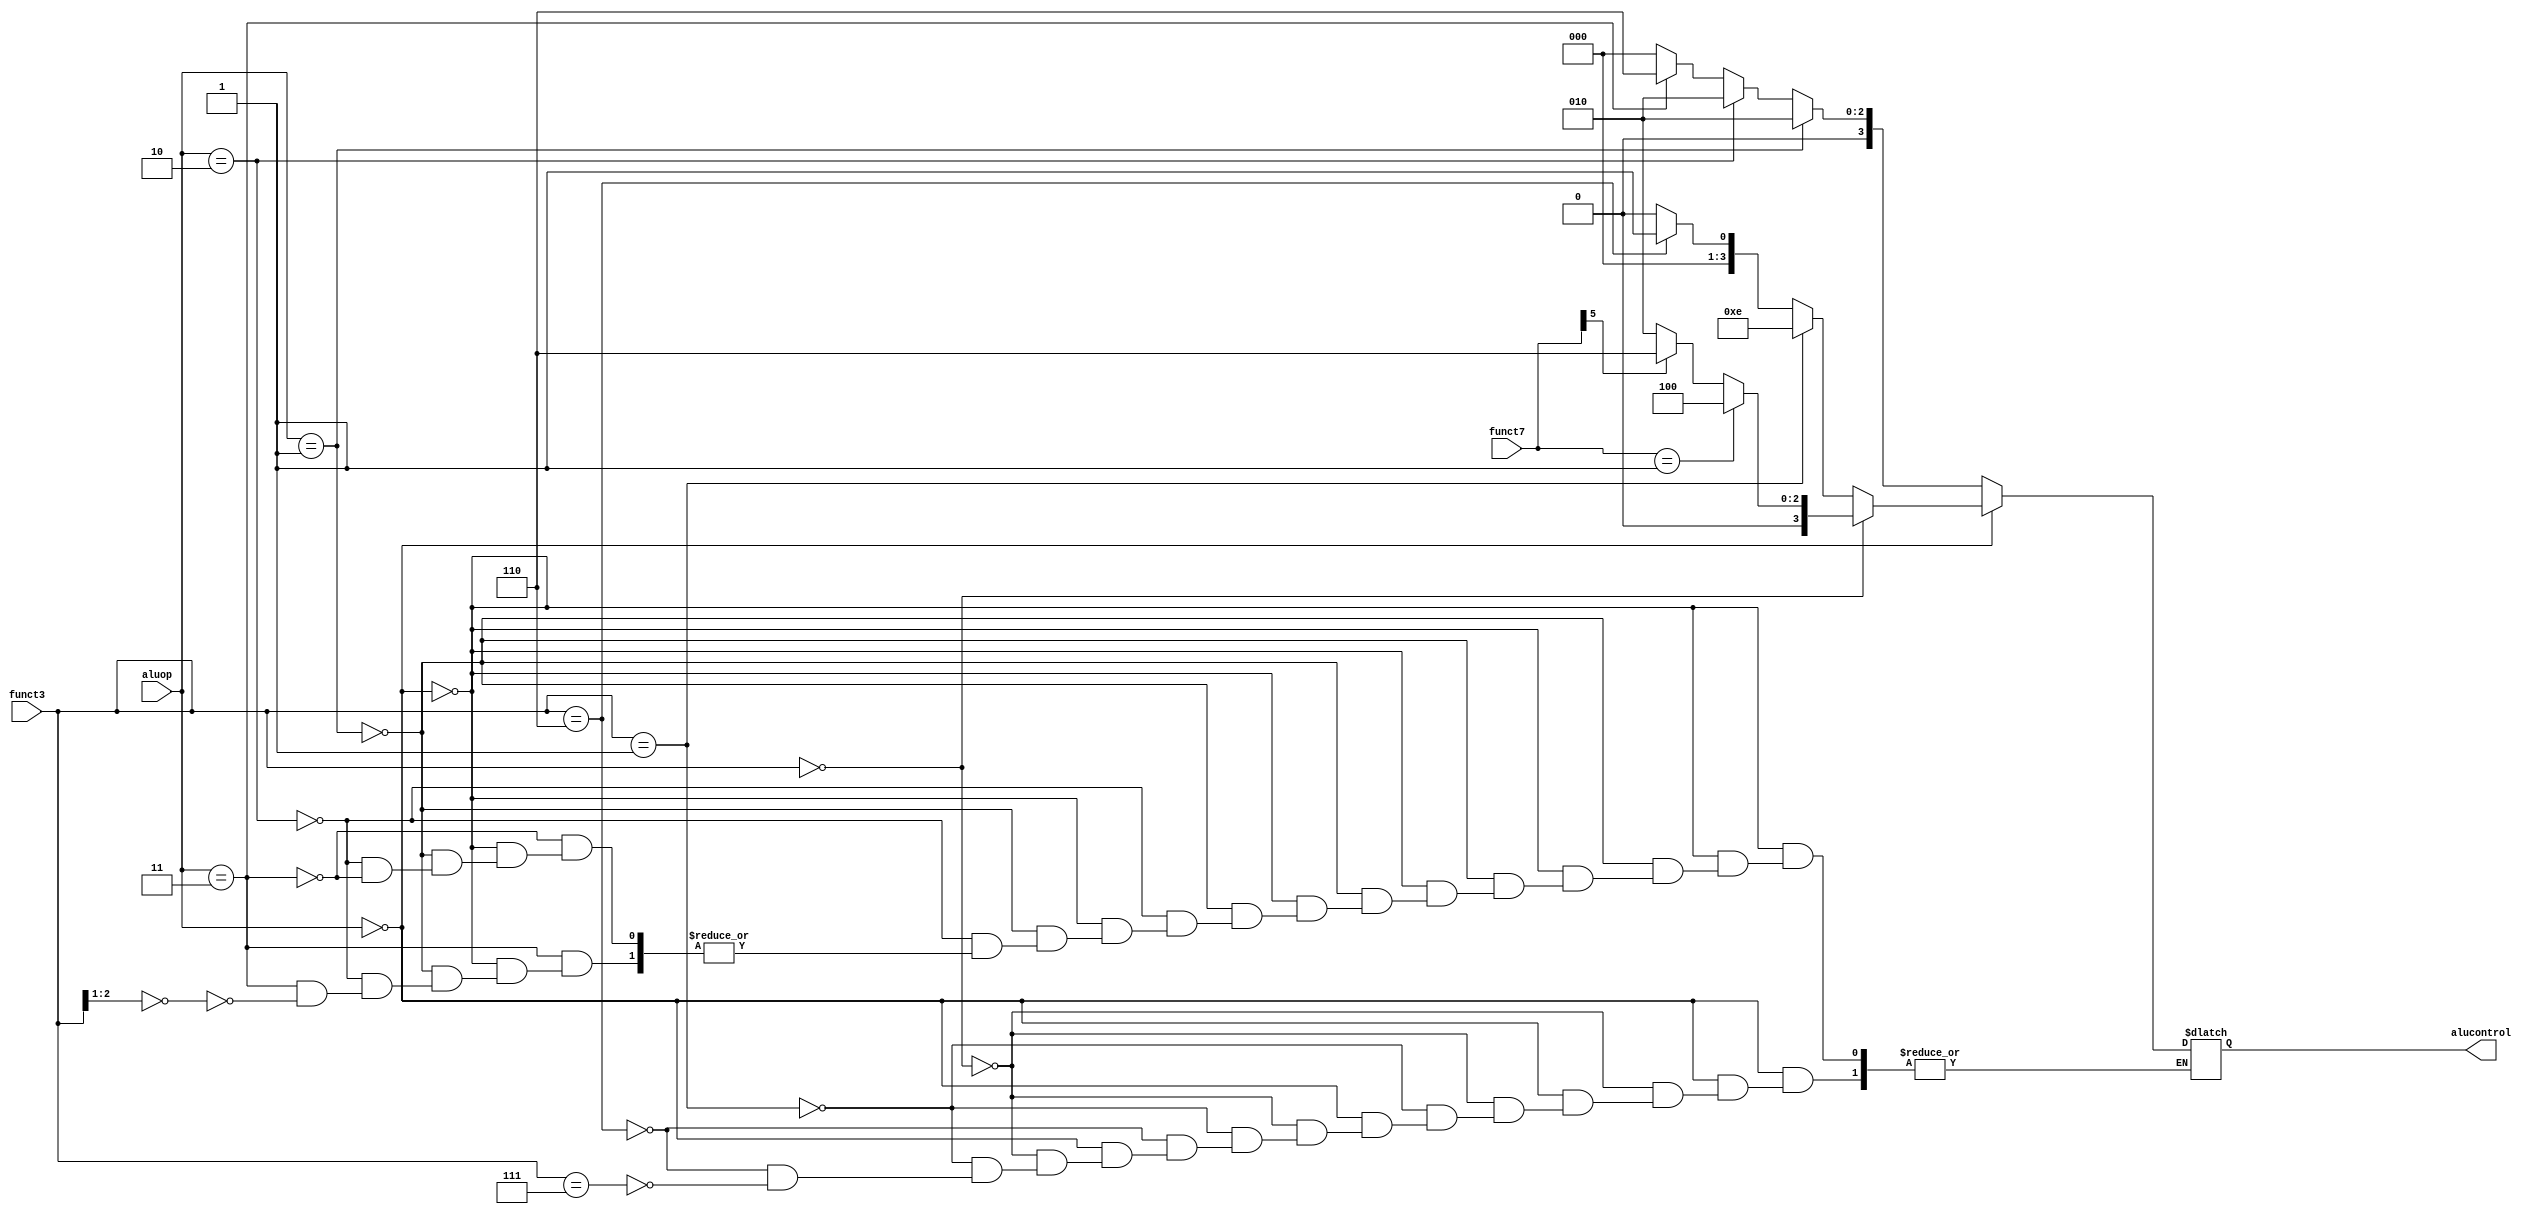
module aluctr(funct7, funct3, aluop, alucontrol);

input [6:0]funct7;
input [2:0]funct3;
input [1:0]aluop;
output reg [3:0]alucontrol;

always @*
begin
if(aluop==3'b000)
begin
//R
if(funct3==3'b000)
begin
if(funct7==7'b0000001)
alucontrol = 4'b0100;
else
alucontrol = funct7[5]==1?4'b0110:4'b0010;
end
else if(funct3[2:0]==3'b001)
alucontrol = 4'b1110;
else if(funct3[2:0]==3'b110)
alucontrol = 4'b0001;
else if(funct3[2:0]==3'b111)
alucontrol = 4'b0000;
end

else if(aluop==3'b001)
begin
alucontrol = 4'b0010; //add lw
end
//I
else if(aluop==3'b110)
begin
if(funct3[2:0]==3'b000)
alucontrol = 4'b0010;
else if(funct3[2:0]==3'b001)
alucontrol = 4'b1110;
end

else if(aluop==3'b111)
begin
//JALR
alucontrol = 4'b0010;
end

else if(aluop==3'b010)
begin
//S
alucontrol = 4'b0010;
end

else if(aluop==3'b011)
begin
if(funct3[2:1]==2'b00)
// beq, bnq
alucontrol = 4'b0110;
end

else if(aluop==3'b101)
begin
//J
alucontrol = 4'b0000; // don't care
end
end
endmodule